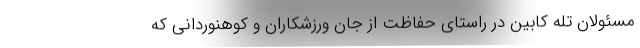
مسئولان تله کابین در راستای حفاظت از جان ورزشکاران و کوهنوردانی که